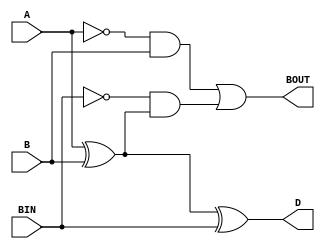
module full_subtractor(
    input A, // input binary number A
    input B, // input binary number B
    input BIN, // input borrow-in signal
    output D, // output difference
    output BOUT // output borrow-out
);

assign D = A ^ B ^ BIN;
assign BOUT = (~A & B) | (~BIN & (A ^ B));

endmodule